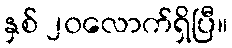
နှစ် ၂၀လောက်ရှိပြီ။